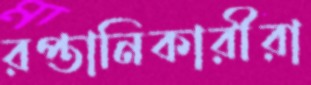
রপ্তানিকারীরা